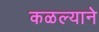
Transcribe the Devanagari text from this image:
कळल्याने